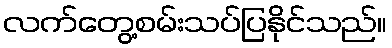
လက်တွေ့စမ်းသပ်ပြနိုင်သည်။